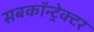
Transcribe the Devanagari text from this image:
सबकॉन्ट्रेक्टर